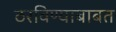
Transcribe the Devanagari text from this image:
ठरविण्याबाबत